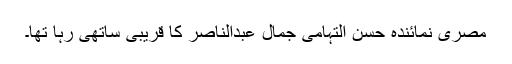
مصری نمائندہ حسن التہامی جمال عبدالناصر کا قریبی ساتھی رہا تھا۔